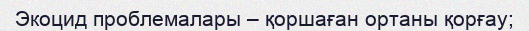
Экоцид проблемалары – қоршаған ортаны қорғау;